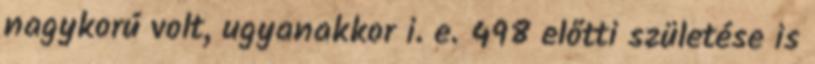
nagykorú volt, ugyanakkor i. e. 498 előtti születése is